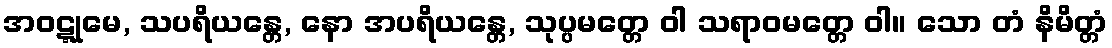
အဝဋ္ဋုမေ, သပရိယန္တေ, နော အပရိယန္တေ, သုပ္ပမတ္တေ ဝါ သရာဝမတ္တေ ဝါ။ သော တံ နိမိတ္တံ